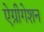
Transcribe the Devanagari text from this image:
ऐग्रीगेशन